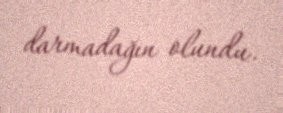
darmadağın olundu.